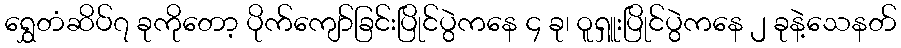
ရွှေတံဆိပ်၇ ခုကိုတော့ ပိုက်ကျော်ခြင်းပြိုင်ပွဲကနေ ၄ ခု၊ ဝူရှူးပြိုင်ပွဲကနေ ၂ ခုနဲ့သေနတ်